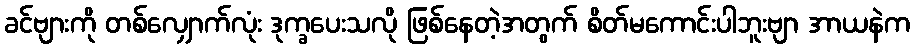
ခင်ဗျားကို တစ်လျှောက်လုံး ဒုက္ခပေးသလို ဖြစ်နေတဲ့အတွက် စိတ်မကောင်းပါဘူးဗျာ အာယနဲက